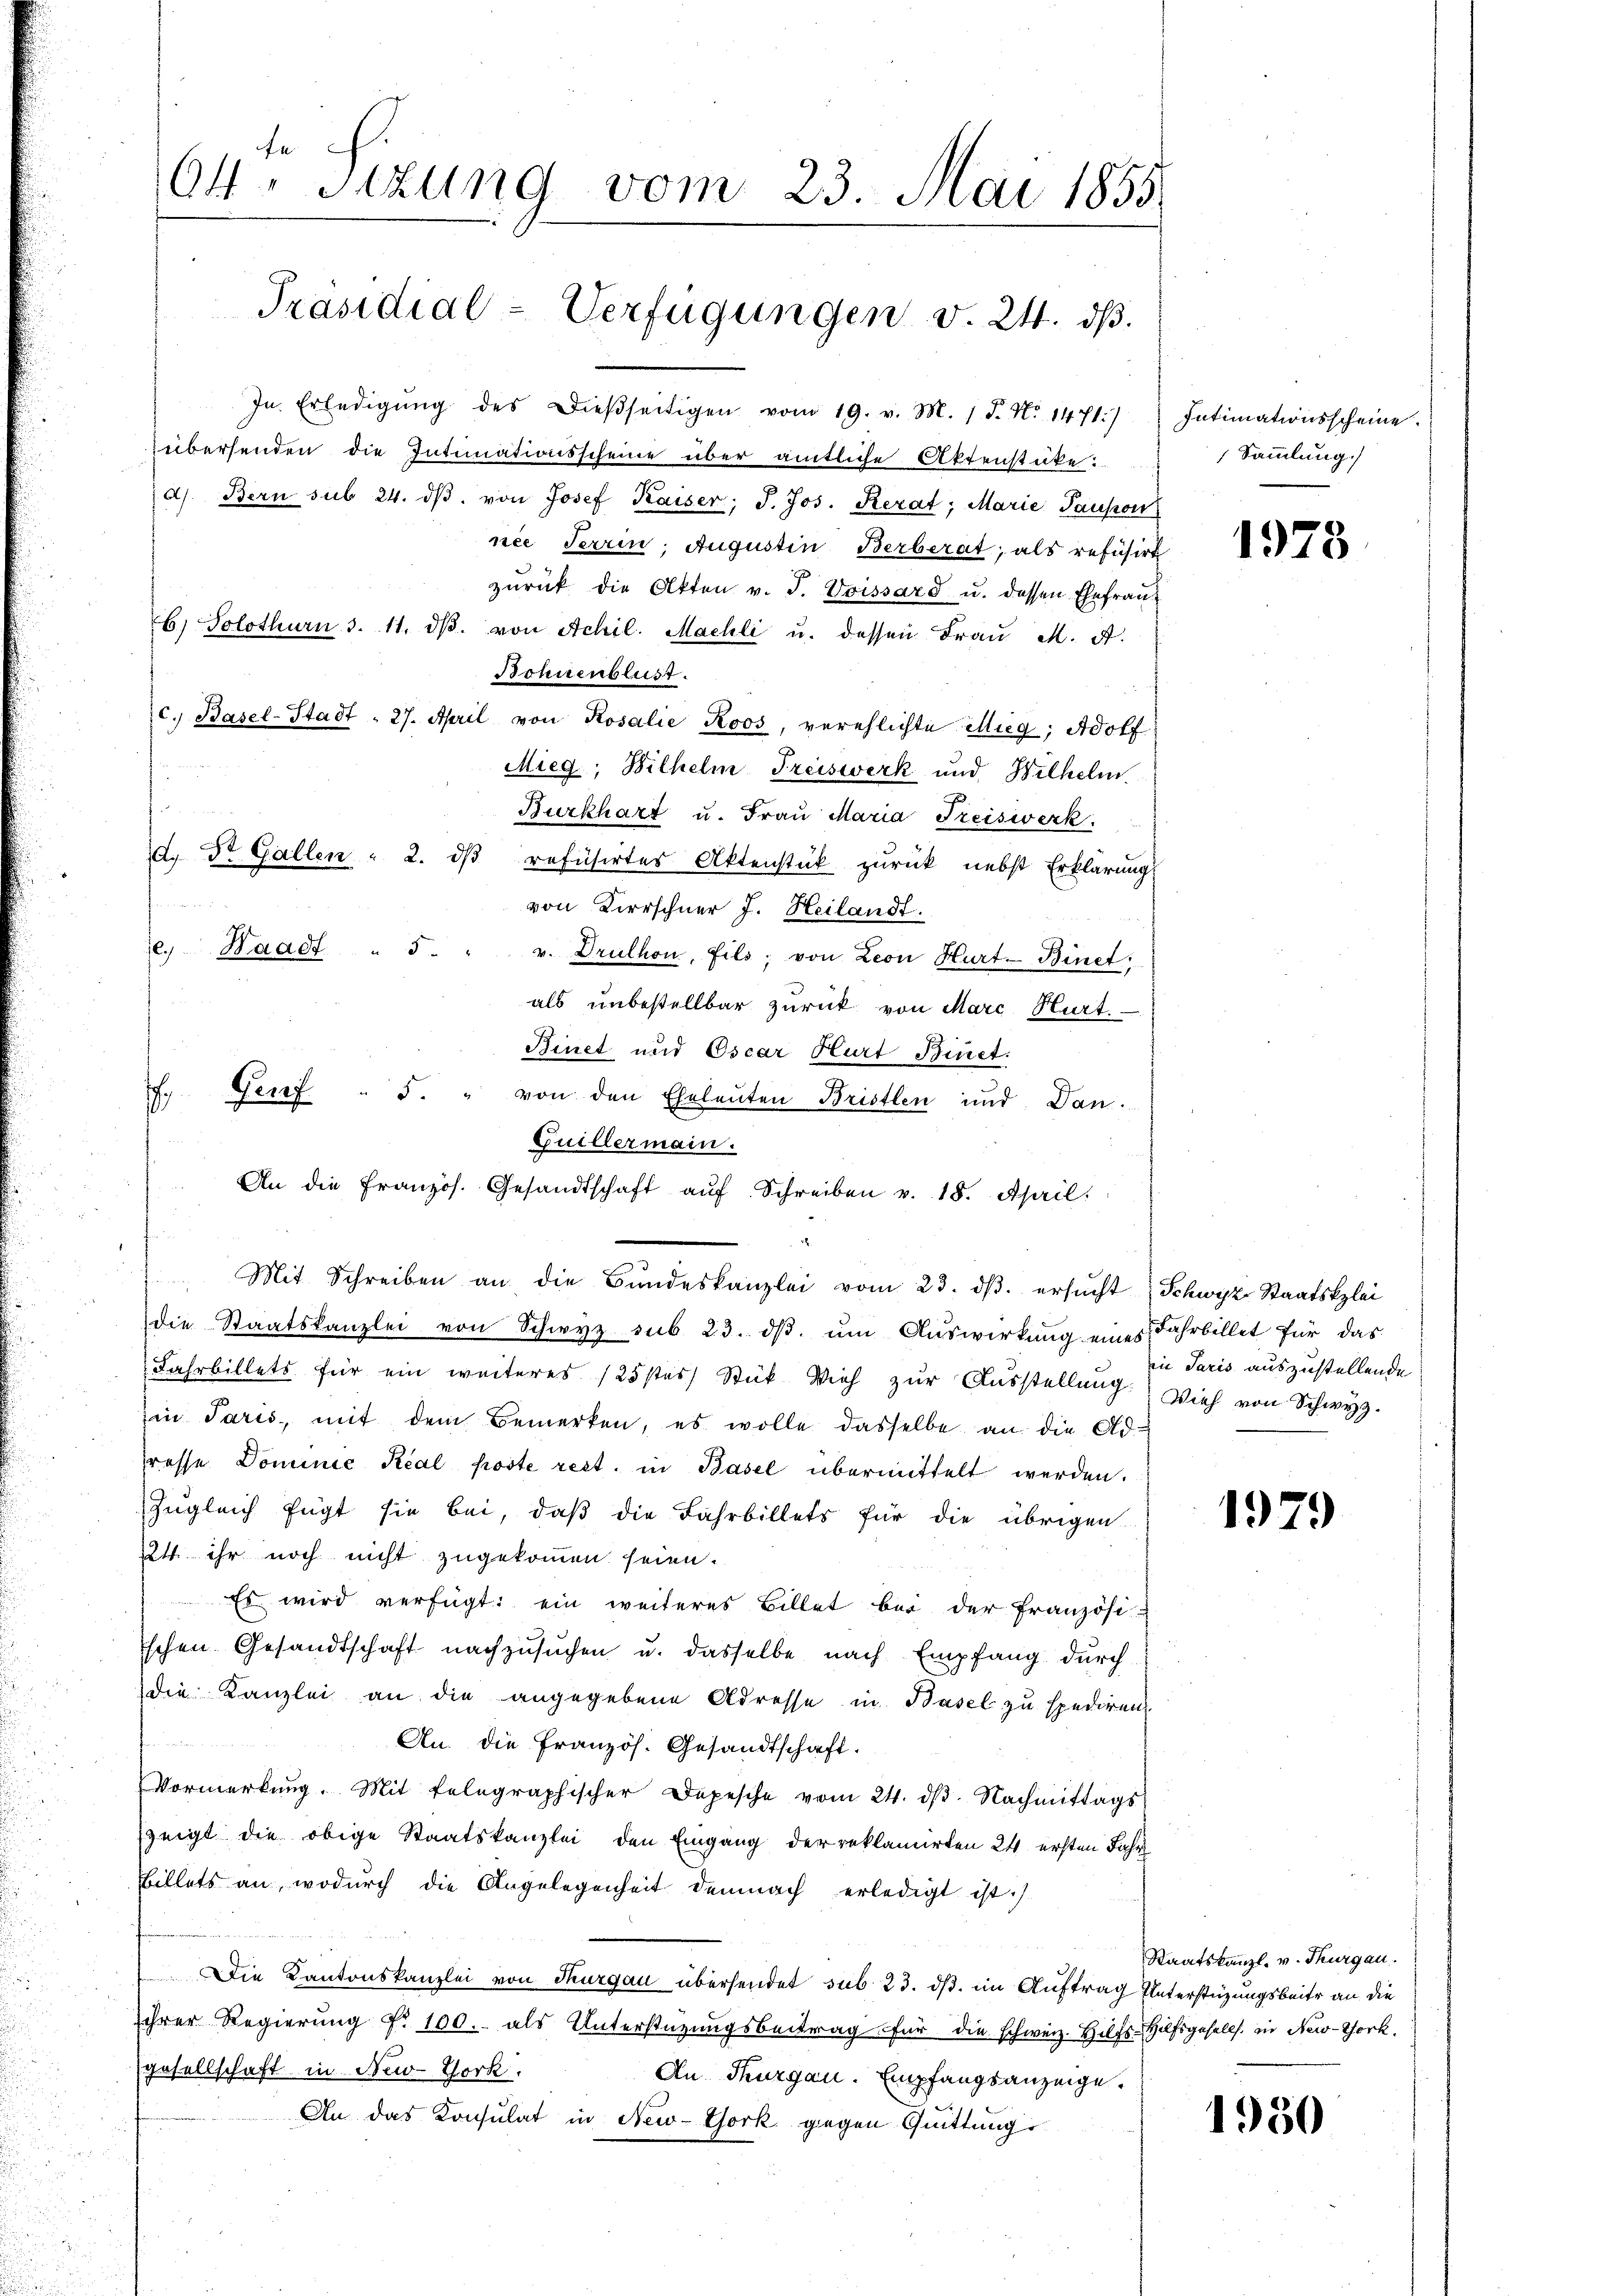
In Erledigŭng des dießseitigen vom 19. v. M. 1 S. Nr. 1471)
übersenden die Intimationsscheine über amtliche Aktenstüke:
d). Bern sub 24. dβ. von Josef Kaiser; J. Jos. Kerat; Marie Panson
nee Terrin, Augustin Berberat; als refusirt
zurück die Akten v. J. Voissard u. dessen Ehefraub) Solothurn 3. 11. dβ. von Achil. Machli u. dessen Frau M. A.
Bohnenblust.
c.) Basel-Stadt = 27. April von Rosalie Roos, verehlichte illieg; Adolf
Mieg; Bilhelm Freiswerk und Wilhelm
Burkhart u. Frau Maria Freiswerk.
d. Dr. Gallen : 2. dβ refüsirtes Aktenstück zurück nebst Erklärung
d Alle der
von Kirschner J. Heilandt.
1
Haadf " 5. " v. Drulhon, fils; von Leon Hurt. Binet
als unbestellbar zurück von Marc Hurt.
Binet und Oscar Hurt Binct.
Genf " 5. " von den Eheleuten Bristlen und Dan
Guillermain.
An die Französ. Gesandtschaft aŭf Schreiben v. 18. April.
 Mit Schreiben an die Bŭndeskanzlei vom 23. dβ. ersŭcht Schwyz, Staatsklei
die Staatskanzlei von Schwyz sub. 23. dβ ŭm Aŭswirkung eines Fahrbillet für das
Fahrbillets für ein weiteres 125 stes Stük Vieh zŭr Aŭsstellŭng. Vieh von Schwyz.
in Paris, mit dem Bemerken, es wolle dasselbe an die Adresse Dominić Rial poste rest. in Basel übermittelt werden.
Zugleich fügt sie bei, daß die Fahrbillets für die übrigen
it ihr noch nicht zugekommen seien.
Es wird verfügt: ein weiteres Billet bei der Französi-
schen Gesandtschaft nachzusuchen u. dasselbe nach Empfang durch
die Kanzlei an die angegebene Adresse in Basel zu spediren
An. die Französ. Gesandtschaft.
Vormerkŭng. Mit telegraphischer Depesche vom 24. dβ. Nachmittags
zeigt die obige Staatskanzlei den Eingang der reklamirten 24. ersten Jahr
Billets an, wodurch die Angelegenheit demnach erledigt ist.)
Die Kantonskanzlei von Thurgau übersendet sub 23. ds. im Auftrag Unterstüzungsbeite an die
ihrer Regierung Nr. 100. als Unterstützungsbeitrag für die schweiz. Hilfs-Hilfsgesells. in New-York.
gesellschaft in New-York.
An Thurgau. Empfangsanzeige.
An das Konsulat in New-York gegen Quittung

fe
64. Sizung vom 23. Mai 1855.

Präsidial-Verfügungen v. 24. dß.

.

Intimationsscheine.
Sammlung

1973

in Paris auszustellende

1979

Staatskanzl. v. Thurgau.

1950